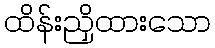
ထိန်းညှိထားသော